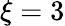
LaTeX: \xi=3